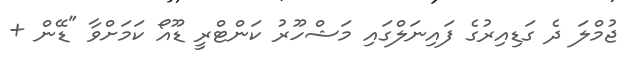
ޖުމްލަ ދެ ގަޑިއިރުގެ ފައިނަލްގައި މަޝްހޫރު ކަންޓްރީ ޑޫއޯ ކަމަށްވާ "ޑޭން +